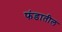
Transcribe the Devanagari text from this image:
फंडातील